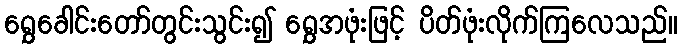
ရွှေခေါင်းတော်တွင်းသွင်း၍ ရွှေအဖုံးဖြင့် ပိတ်ဖုံးလိုက်ကြလေသည်။